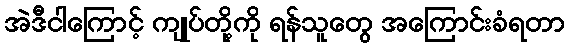
အဲဒီငါကြောင့် ကျုပ်တို့ကို ရန်သူတွေ အကြောင်းခံရတာ